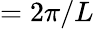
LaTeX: =2\pi/L